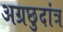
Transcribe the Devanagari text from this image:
अग्रछुदांत्र